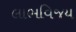
લાભવિજય